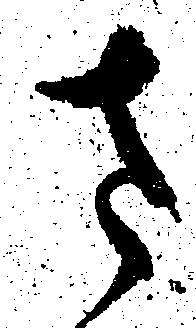
さ